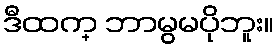
ဒီထက္ ဘာမွမပိုဘူး။